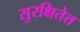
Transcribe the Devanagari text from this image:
सुरक्षितेत